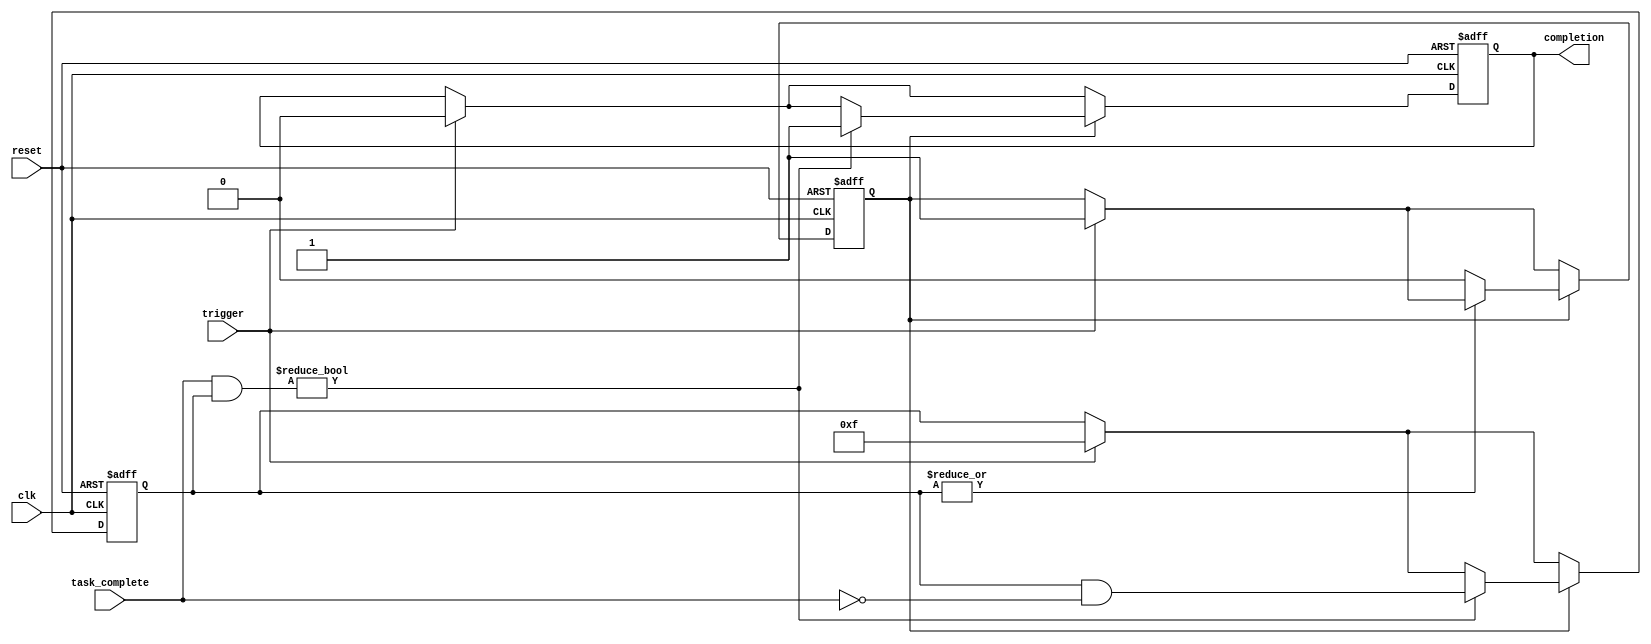
module Fork_Join_Any #(
    parameter NUM_TASKS = 4 // Number of parallel tasks
)(
    input wire clk,               // Clock signal
    input wire reset,             // Reset signal
    input wire trigger,           // Trigger signal to start the fork operation
    input wire [NUM_TASKS-1:0] task_complete, // Completion signals for each task
    output reg completion         // Completion signal
);

    // Internal state to track the status of each task
    reg [NUM_TASKS-1:0] task_status;
    reg task_forked;

    always @(posedge clk or posedge reset) begin
        if (reset) begin
            // Reset the internal state
            task_status <= 0;
            task_forked <= 0;
            completion <= 0;
        end else begin
            if (trigger) begin
                // Fork operation: mark tasks as active
                task_status <= {NUM_TASKS{1'b1}}; // Set all tasks as active
                task_forked <= 1; // Indicate that tasks have been forked
                completion <= 0; // Reset completion signal
            end
            
            // Check for task completions
            if (task_forked) begin
                // If any task completes, set the completion signal
                if (task_complete & task_status) begin
                    completion <= 1; // Set completion signal high
                    task_status <= task_status & ~task_complete; // Update task status
                end
                
                // Check if all tasks are completed
                if (~|task_status) begin
                    task_forked <= 0; // Reset forked status if all tasks are done
                end
            end
        end
    end

endmodule